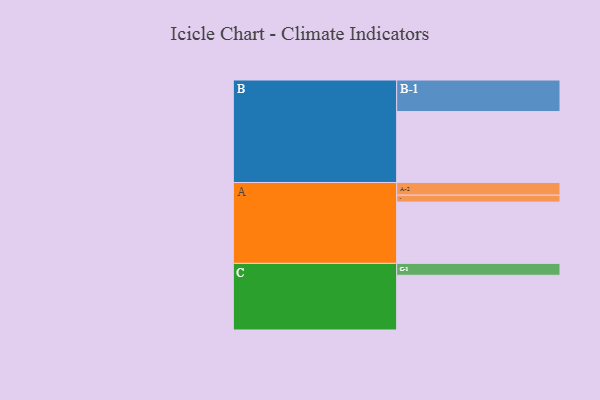
{"axis": {"x": "Segment", "y": "Value"}, "legend": ["", "A", "B", "C"], "data": [{"x": "A", "y": 468, "type": ""}, {"x": "B", "y": 542, "type": ""}, {"x": "C", "y": 418, "type": ""}, {"x": "A-1", "y": 53, "type": "A"}, {"x": "A-2", "y": 97, "type": "A"}, {"x": "B-1", "y": 241, "type": "B"}, {"x": "C-1", "y": 91, "type": "C"}]}